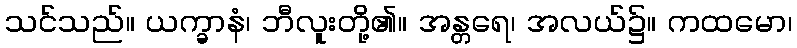
သင်သည်။ ယက္ခာနံ၊ ဘီလူးတို့၏။ အန္တရေ၊ အလယ်၌။ ကထမော၊